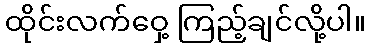
ထိုင်းလက်ဝှေ့ ကြည့်ချင်လို့ပါ။